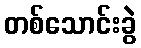
တစ်သောင်းခွဲ